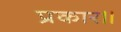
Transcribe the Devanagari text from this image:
प्रकार॥